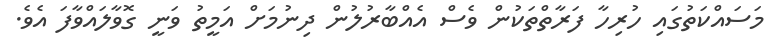
މަސައްކަތުގައި ހުރިހާ ފަރާތްތަކުން ވެސް އެއްބާރުލުން ދިނުމަށް އަމީތު ވަނީ ގޮވާލައްވާފަ އެވެ.